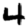
Digit: 4